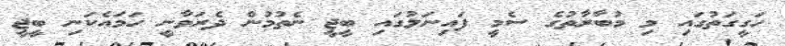
ހަގީގަތުގައި މި މުބާރާތުގެ ސެމީ ފައިނަލުގައި ބީޖީ ނެތުމުން ދެރަވާނީ ހަމައެކަނި ބީޖީ